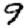
Digit: 9